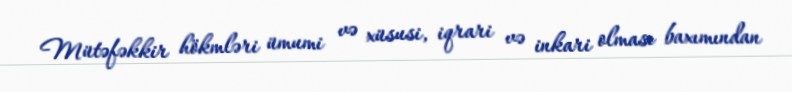
Mütəfəkkir hökmləri ümumi və xüsusi, iqrari və inkari olması baxımından